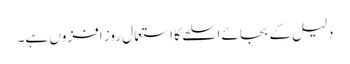
دلیل کے بجائے اسلحے کا استعمال روز افزوں ہے۔